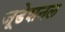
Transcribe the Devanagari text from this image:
जूडेशनल